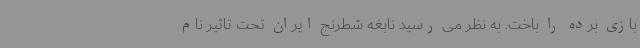
بازی برده را باخت. به نظر می رسید نابغه شطرنج ایران تحت تاثیر نام